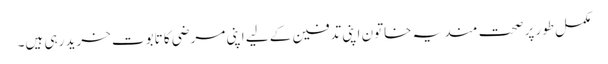
مکمل طور پر صحت مند یہ خاتون اپنی تدفین کے لیے اپنی مرضی کا تابوت خرید رہی ہیں۔